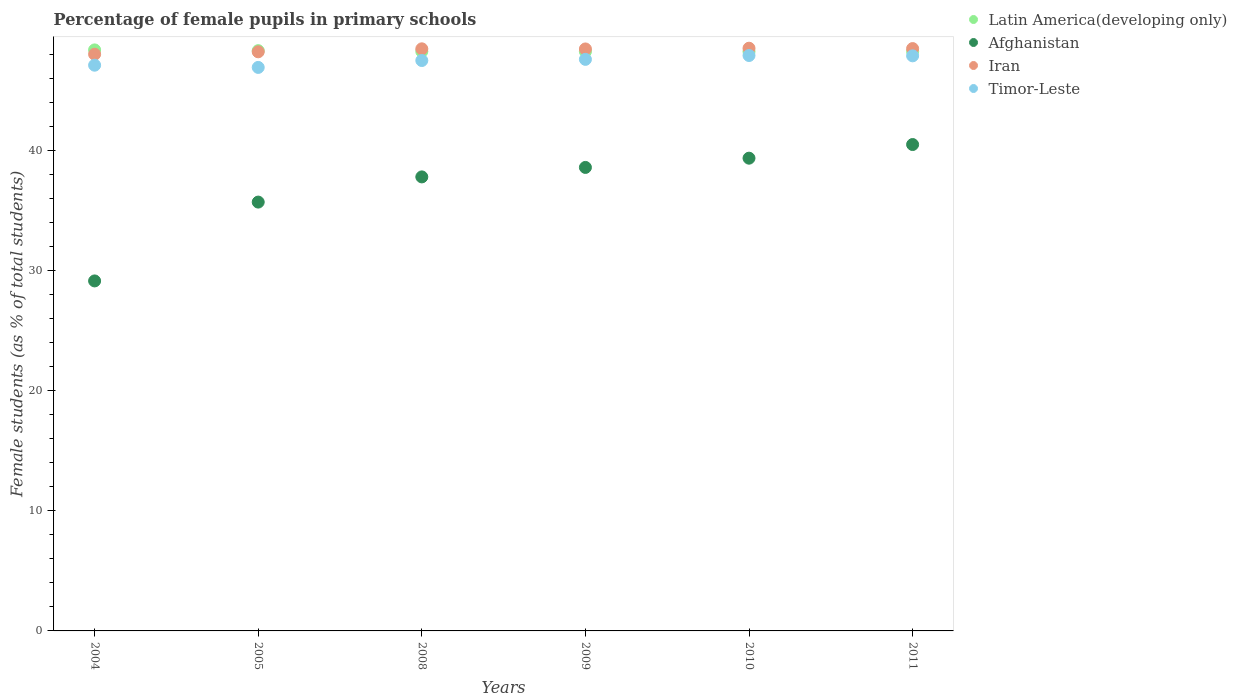
| Years | Latin America(developing only) | Afghanistan | Iran | Timor-Leste |
 | --- | --- | --- | --- | --- |
 | 2004 | 48.4 | 29.1 | 48 | 47.1 |
 | 2005 | 48.3 | 35.7 | 48.2 | 46.9 |
 | 2008 | 48.2 | 37.8 | 48.4 | 47.5 |
 | 2009 | 48.2 | 38.6 | 48.4 | 47.6 |
 | 2010 | 48.2 | 39.3 | 48.5 | 47.9 |
 | 2011 | 48.2 | 40.5 | 48.5 | 47.9 |